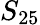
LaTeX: S_{25}